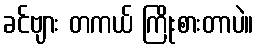
ခင်ဗျား တကယ် ကြိုးစားတာပဲ။